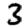
Digit: 3